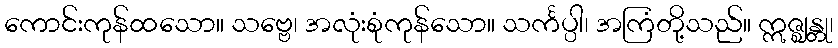
ကောင်းကုန်ထသော။ သဗ္ဗေ၊ အလုံးစုံကုန်သော။ သင်္ကပ္ပါ၊ အကြံတို့သည်။ ဣဇ္ဈန္တု၊